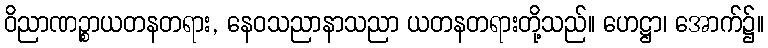
ဝိညာဏဉ္စာယတနတရား, နေဝသညာနာသညာ ယတနတရားတို့သည်။ ဟေဋ္ဌာ၊ အောက်၌။